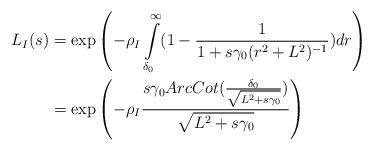
LaTeX: \begin{align*}L_I(s) &=\exp \left(-\rho_I \int\limits_{\delta_0}^{\infty} (1-\frac{1}{1+s \gamma_0 (r^2+L^2)^{-1}}) d r \right) \\ &= \exp \left(-\rho_I \frac{s \gamma_0 ArcCot(\frac{\delta_0}{\sqrt{L^2+s \gamma_0}})}{\sqrt{L^2+s \gamma_0}} \right) \end{align*}